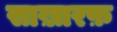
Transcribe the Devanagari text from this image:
साख़ारफ़